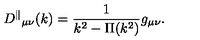
{ D ^ { \parallel } } _ { \mu \nu } ( k ) = \frac { 1 } { k ^ { 2 } - \Pi ( k ^ { 2 } ) } g _ { \mu \nu } .